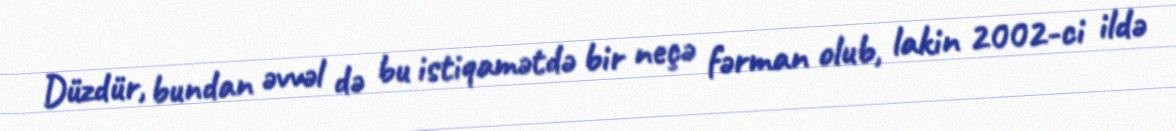
Düzdür, bundan əvvəl də bu istiqamətdə bir neçə fərman olub, lakin 2002-ci ildə